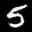
Label: 5